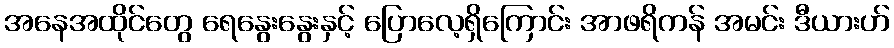
အနေအထိုင်တွေ ရေနွေးနွေးနှင့် ပြောလေ့ရှိကြောင်း အာဖရိကန် အမင်း ဒီယားဟ်